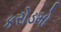
કરોડમો